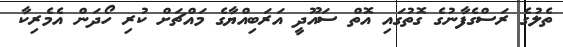
ތެލުގެ ރަސްގެފާނުގެ ގޮތުގައި އޮތް ސައޫދީ އަރަބިއްޔާގެ މައްޗަށް ކުރި ހޯދަން އެމެރިކާ